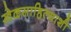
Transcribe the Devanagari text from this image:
खेळसाहित्याशी